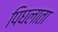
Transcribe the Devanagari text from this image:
पिघलाता